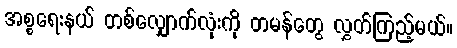
အစ္စရေးနယ် တစ်လျှောက်လုံးကို တမန်တွေ လွှတ်ကြည့်မယ်။